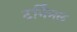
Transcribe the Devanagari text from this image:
टर्निमल